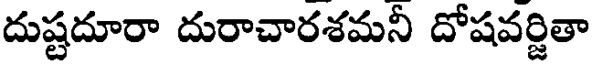
దుష్టదూరా దురాచారశమనీ దోషవర్జితా